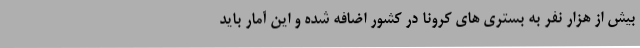
بیش از هزار نفر به بستری های کرونا در کشور اضافه شده و این آمار باید